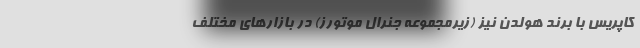
کاپریس با برند هولدن نیز (زیرمجموعه جنرال موتورز) در بازارهای مختلف